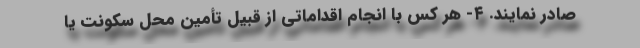
صادر نمایند. ۴- هر کس با انجام اقداماتی از قبیل تأمین محل سکونت یا